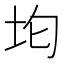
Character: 𭎀